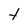
Character: t